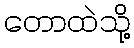
တောထဲသို့